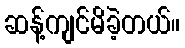
ဆန့်ကျင်မိခဲ့တယ်။